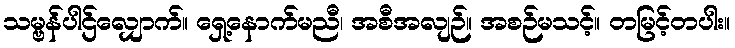
သမ္ဗန်ပါဌ်လျှောက်။ ရှေ့နောက်မညီ၊ အစီအလျဉ်။ အစဉ်မသင့်။ တမြင့်တပါး။